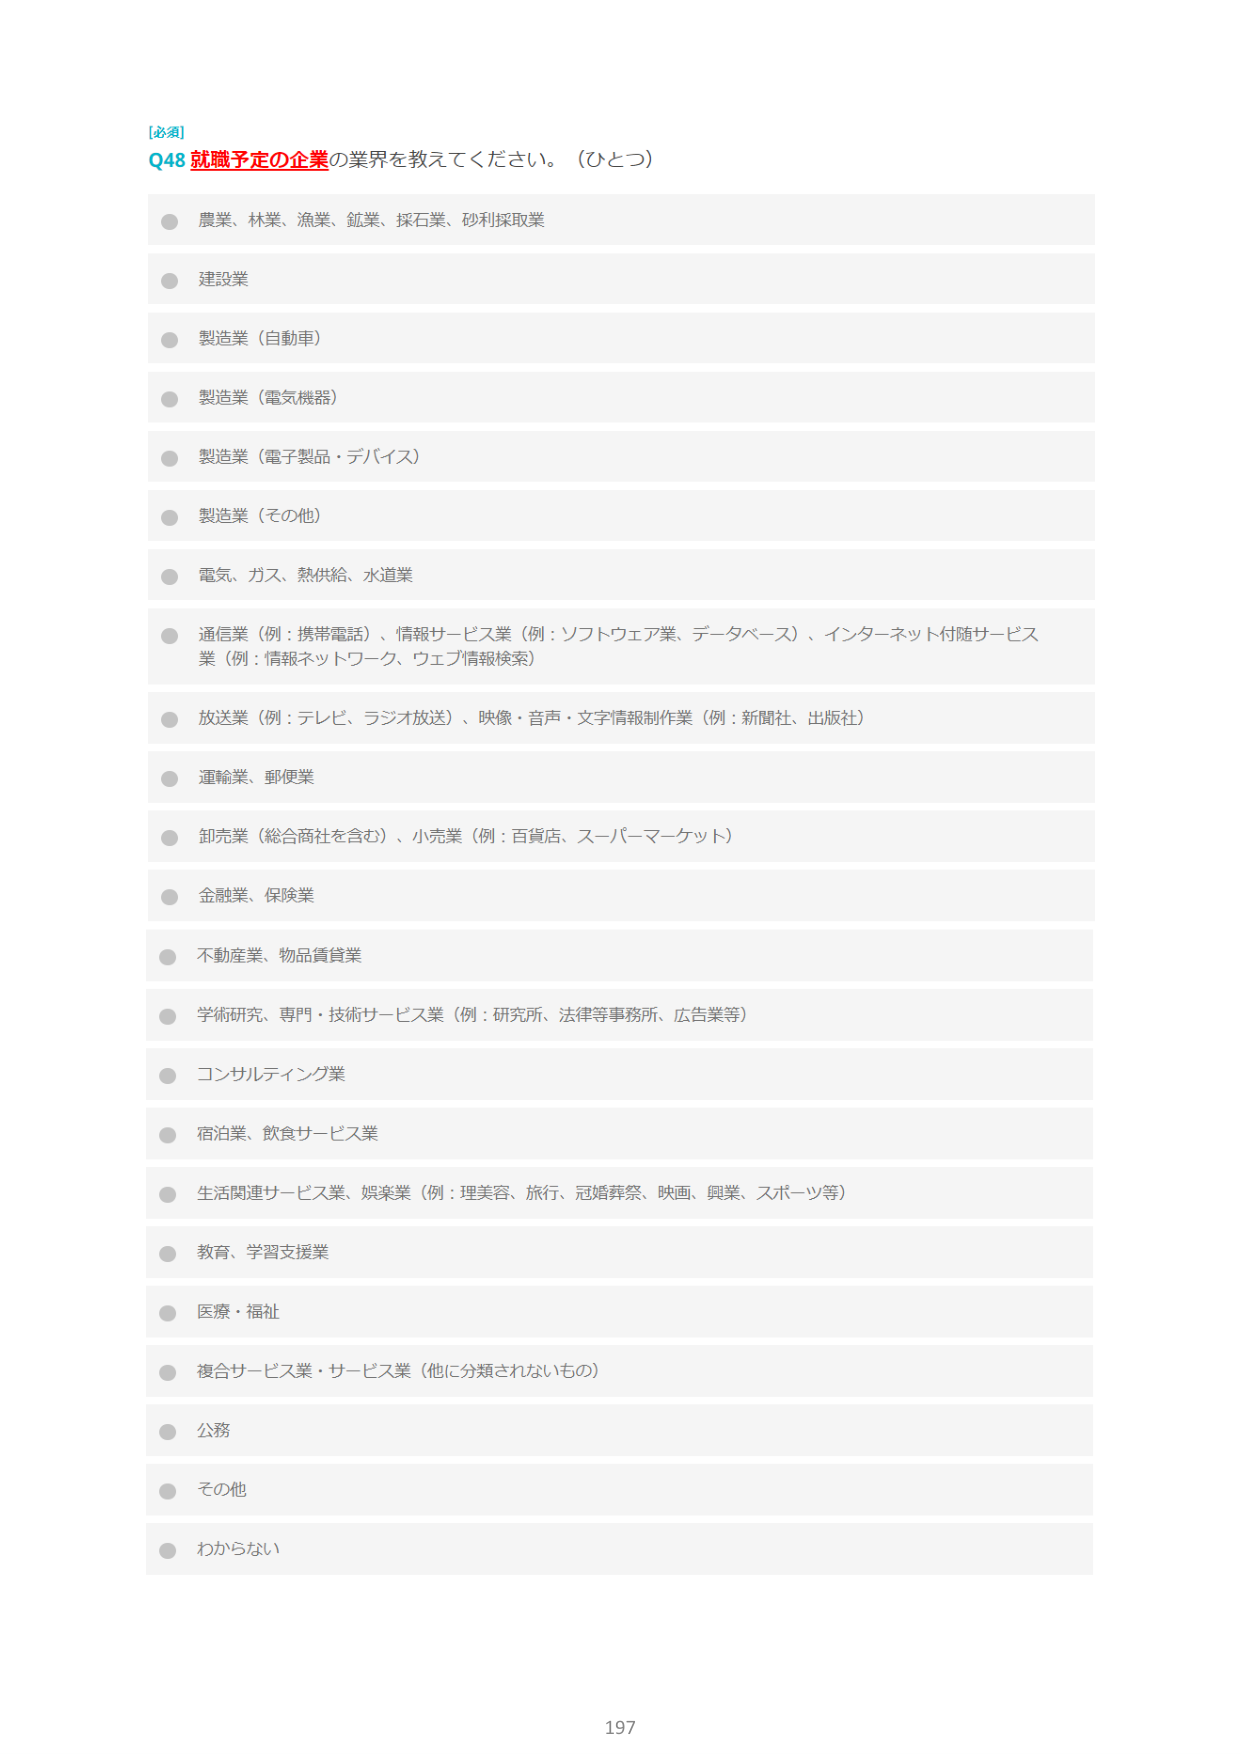
[必須]
Q48 就職予定の企業の業界を教えてください。（ひとつ）

● 農業、林業、漁業、鉱業、採石業、砂利採取業
● 建設業
● 製造業（自動車）
● 製造業（電気機器）
● 製造業（電子製品・デバイス）
● 製造業（その他）
● 電気、ガス、熱供給、水道業
● 通信業（例：携帯電話）、情報サービス業（例：ソフトウェア業、データベース）、インターネット付随サービス業（例：情報ネットワーク、ウェブ情報検索）
● 放送業（例：テレビ、ラジオ放送）、映像・音声・文字情報制作業（例：新聞社、出版社）
● 運輸業、郵便業
● 卸売業（総合商社を含む）、小売業（例：百貨店、スーパーマーケット）
● 金融業、保険業
● 不動産業、物品賃貸業
● 学術研究、専門・技術サービス業（例：研究所、法律等事務所、広告業等）
● コンサルティング業
● 宿泊業、飲食サービス業
● 生活関連サービス業、娯楽業（例：理美容、旅行、冠婚葬祭、映画、興業、スポーツ等）
● 教育、学習支援業
● 医療・福祉
● 複合サービス業・サービス業（他に分類されないもの）
● 公務
● その他
● わからない

197